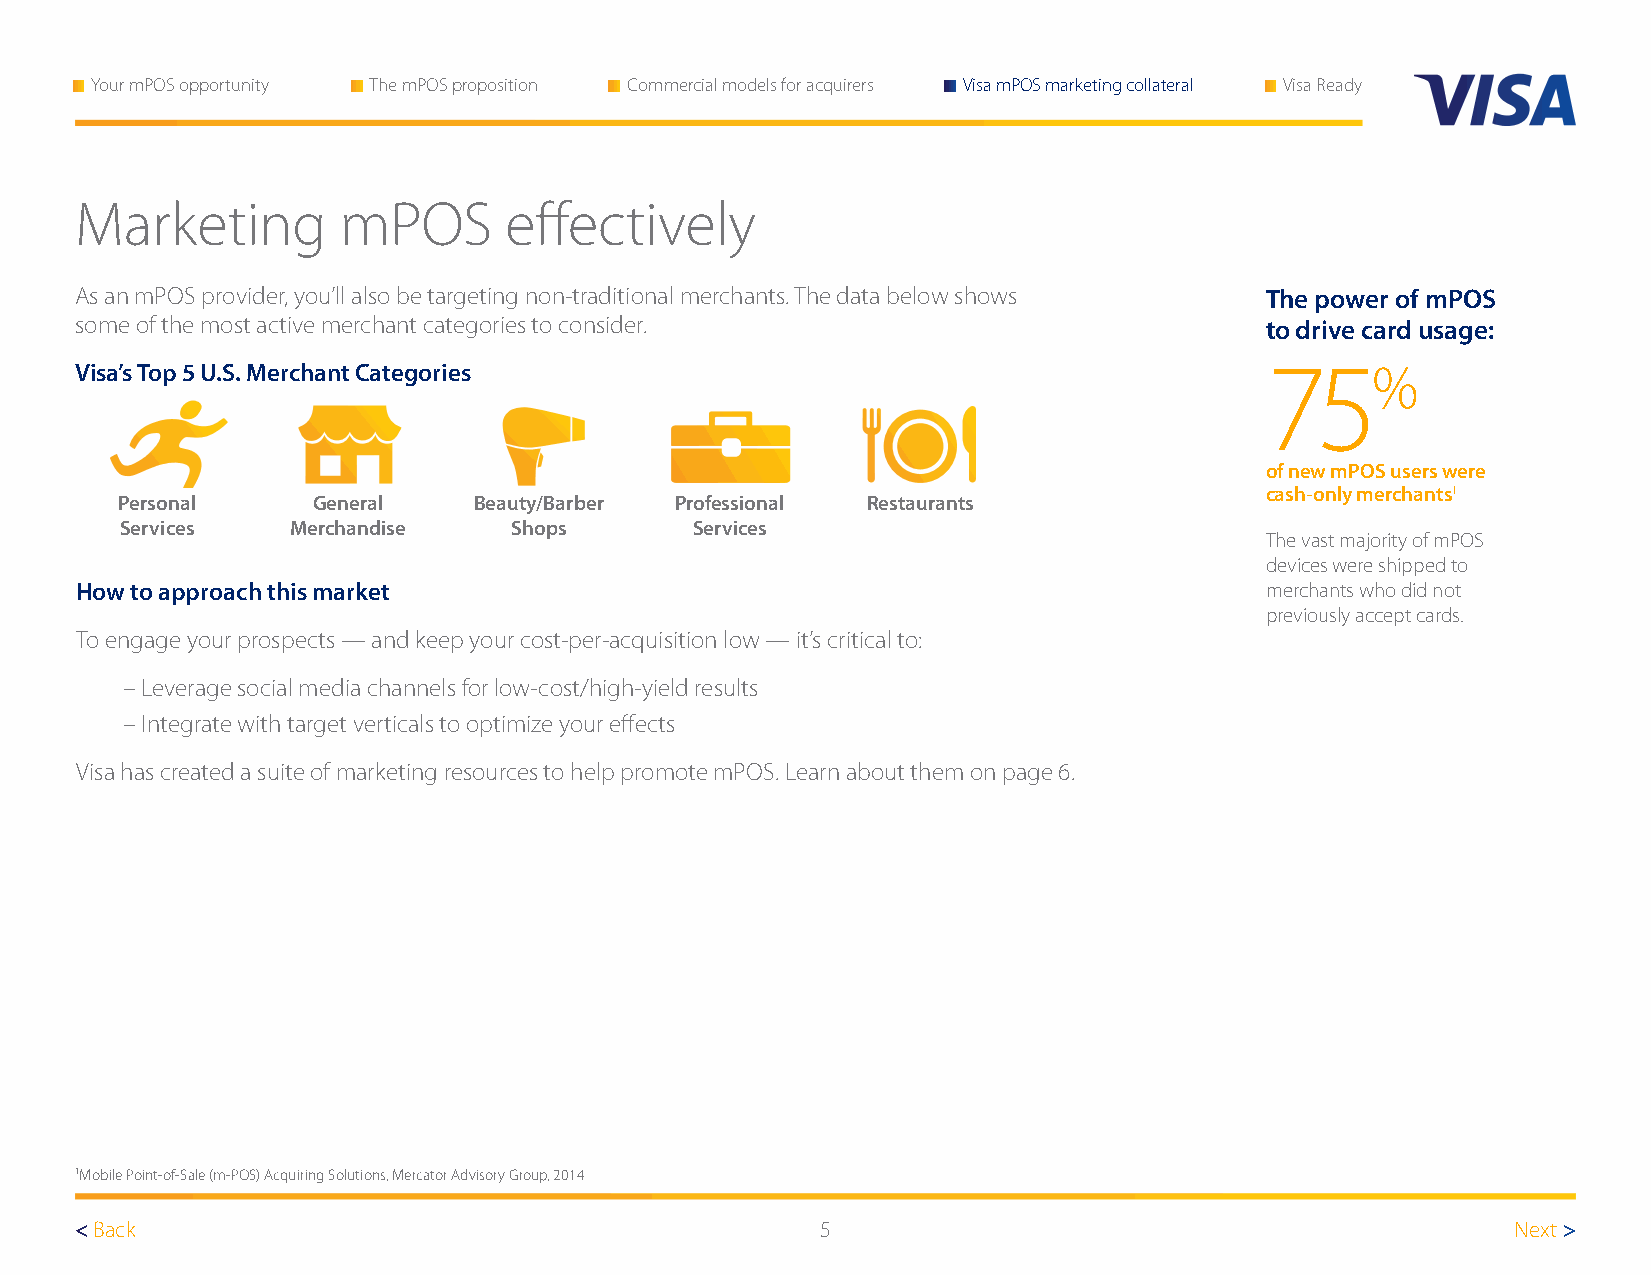
Your mPOS opportunity The mPOS proposition Commercial models for acquirers Visa mPOS marketing collateral Visa Ready
 Marketing        mPOS       effectively
 As an mPOS provider, you’ll also be targeting non-traditional merchants. The data below shows The power of mPOS
 some of the most active merchant categories to consider.                       to drive card usage:
 Visa’s Top 5 U.S. Merchant Categories                                          75%
 of new mPOS users were
 cash-only merchants1
 Personal     General   Beauty/Barber Professional Restaurants
 Services   Merchandise    Shops       Services
 The vast majority of mPOS
 devices were shipped to
 How to approach this market                                                    merchants who did not
 previously accept cards.
 To engage your prospects — and keep your cost-per-acquisition low — it’s critical to:
 – Leverage social media channels for low-cost/high-yield results
 – Integrate with target verticals to optimize your effects
 Visa has created a suite of marketing resources to help promote mPOS. Learn about them on page 6.
 1Mobile Point-of-Sale (m-POS) Acquiring Solutions, Mercator Advisory Group, 2014
 < Back                                           5                                             Next >